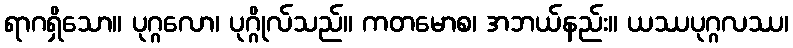
ရာဂရှိသော။ ပုဂ္ဂလော၊ ပုဂ္ဂိုလ်သည်။ ကတမောစ၊ အဘယ်နည်း။ ယဿပုဂ္ဂလဿ၊